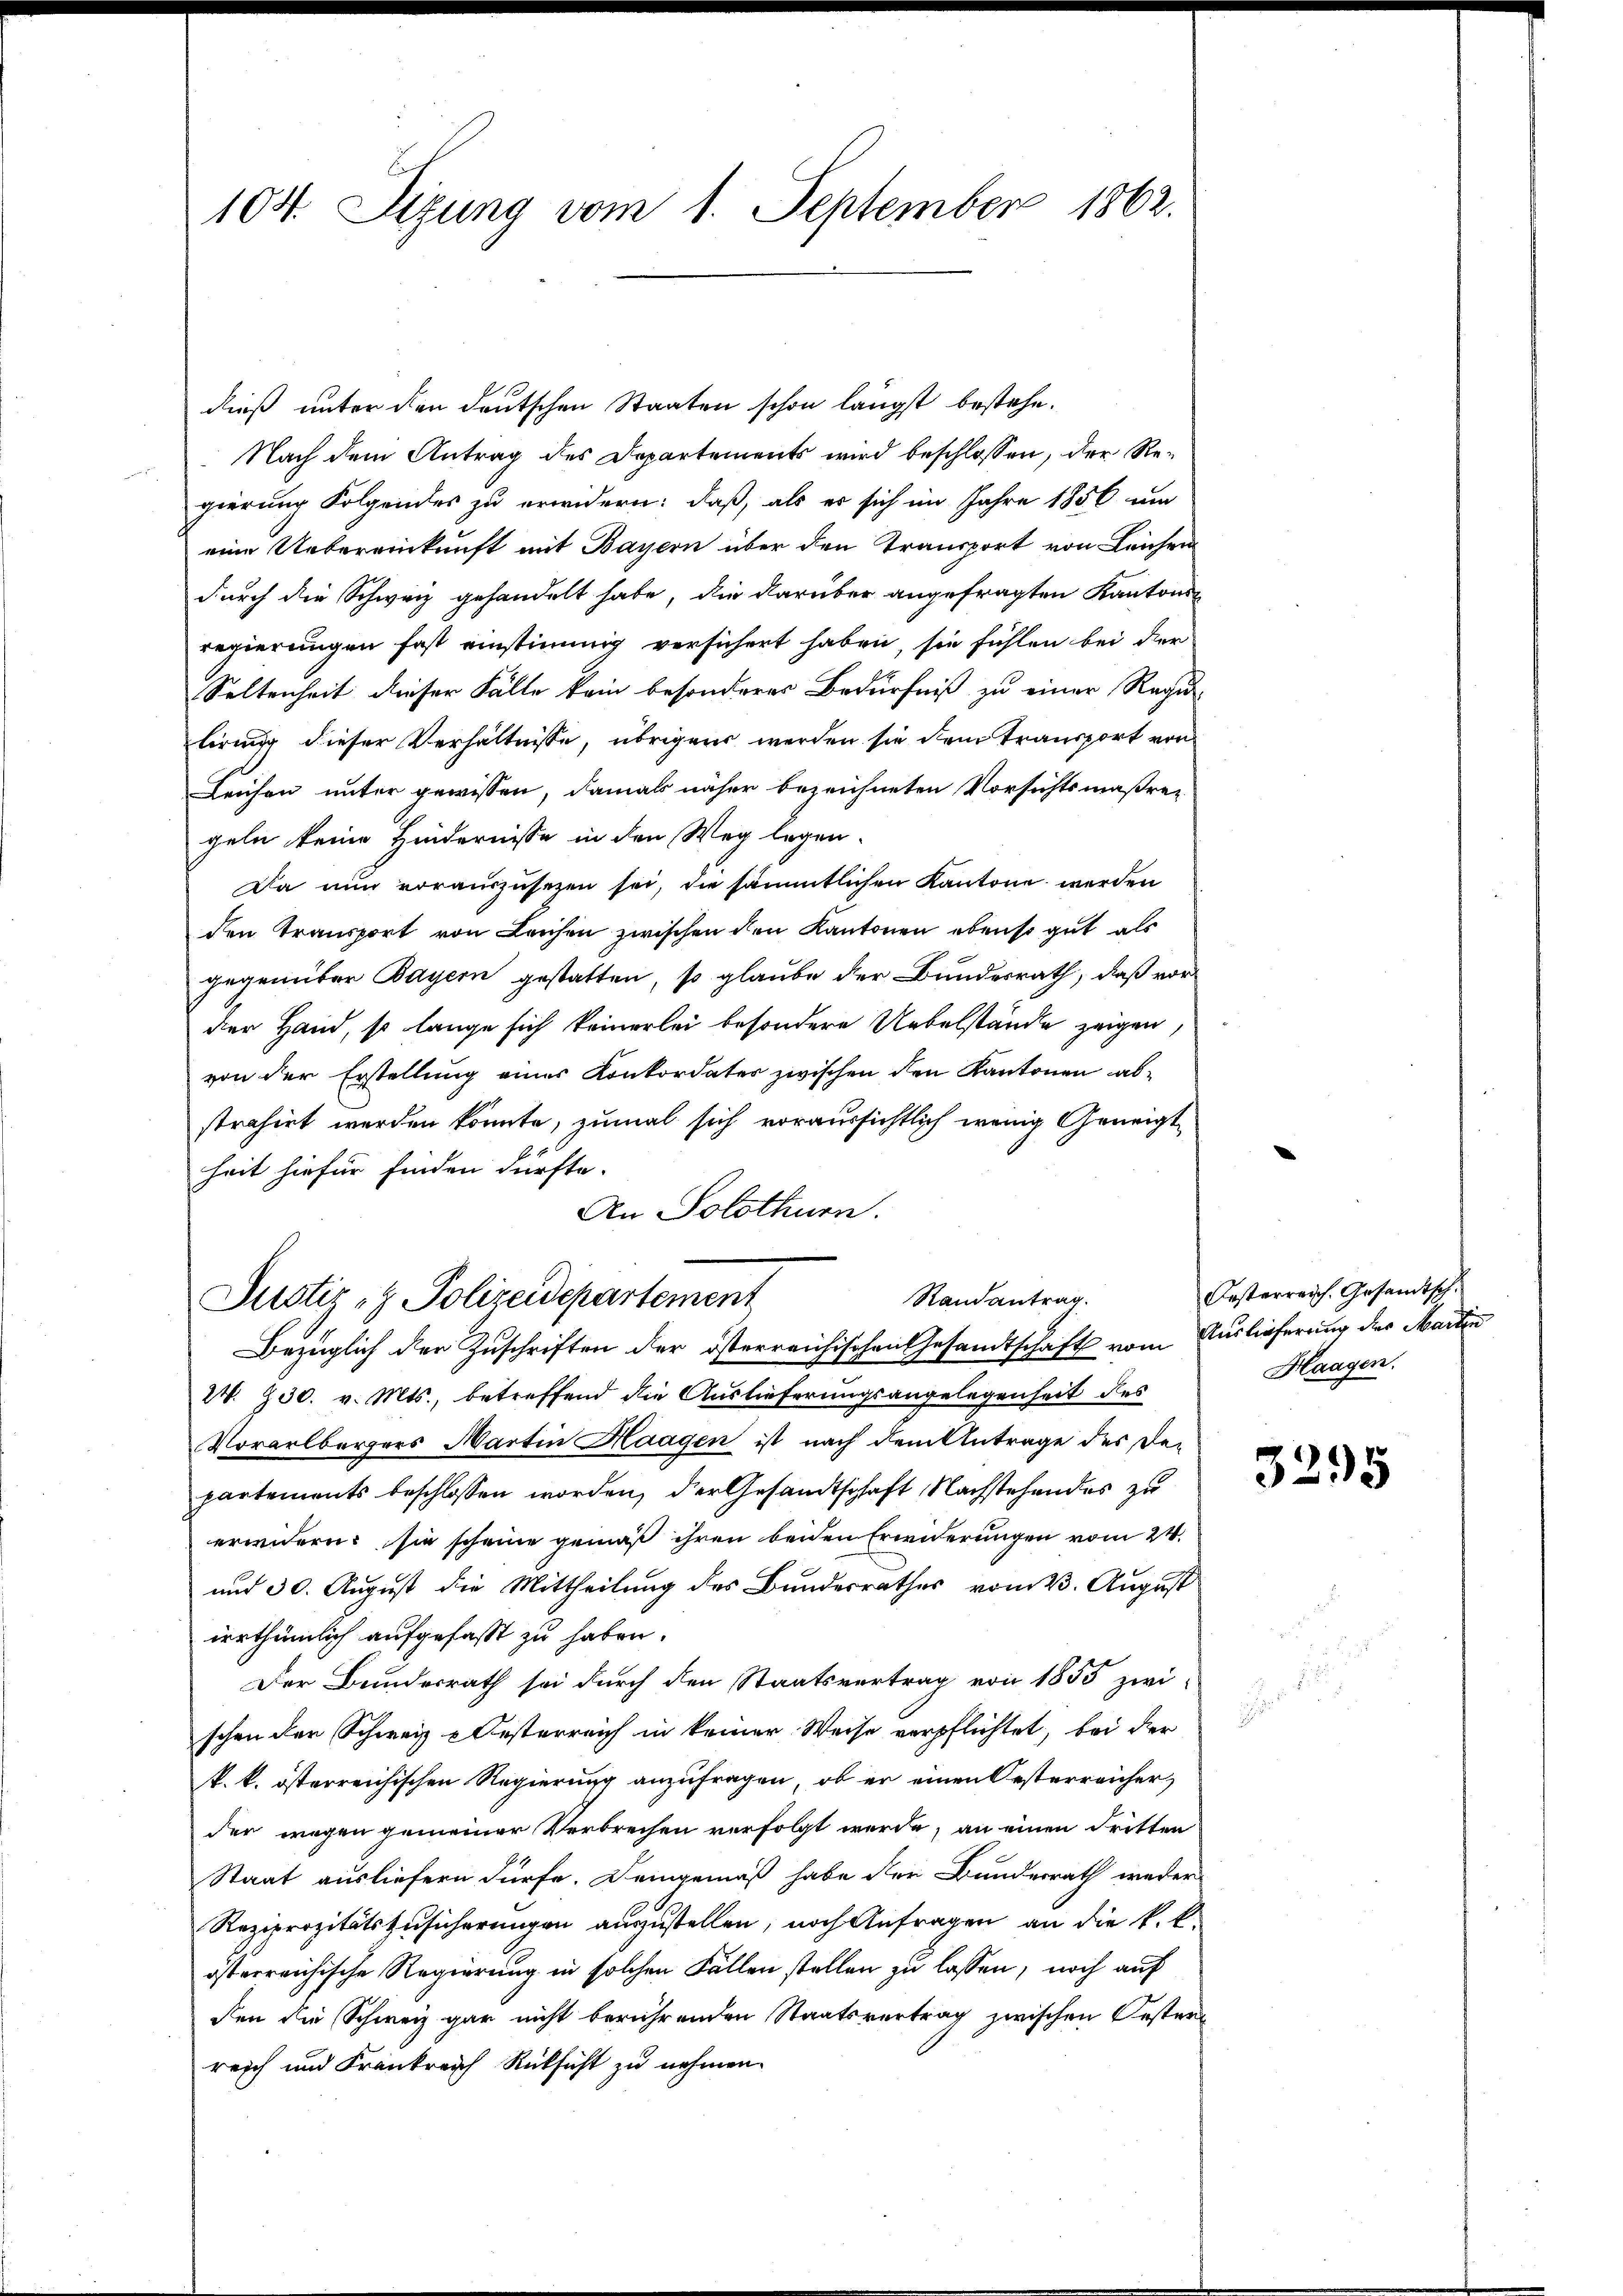
104. Sizung vom 1. September 1862.

dieß unter den deutschen Staaten schon längst bestehe.
Nach dem Antrag des Departements wird beschlossen, der Regierung Folgendes zu erwidern: daß, als er sich im Jahre 1856 um
eine Uebereinkunft mit Bayern über den Transport von Leichen
durch die Schweiz gehandelt habe, die darüber angefragten Kantonsregierungen fast einstimmig versichert haben, sie fühlen bei der
Seltenheit dieser Fälle kein besonderes Bedürfniß zu einer Regu
lirung dieser Verhältnisse, übrigens werden sie dem Transport von
Leichen unter gewissen, damals näher bezeichneten Vorsichtsmaßregeln keine Hindernisse in den Weg legen-
Da nun vorauszusetzen sei, die sämmtlichen Kantone werden
den Transport von Leichen zwischen den Kantonen ebenso gut als
gegenüber Bayern gestatten, so glaube der Bundesrath, daß vorder Hand, so lange sich keinerlei besondere Uebelstände zeigen,
von der Erstellung eines Konkordates zwischen den Kantonen abstrahirt werden könnte, zumal sich voraussichtlich wenig Geneigtheit hiefür finden dürfte.
An Solothurn.

Randantrag.
Justiz- & Polizeidepartement
Bezüglich der Zuschriften der österreichischen Gesandtschaft vom Auslieferung der Martin

2V. 230. v. Mts., betreffend die Auslieferungsangelegenheit des
Vorarlbergers Martin Haagen ist nach dem Antrage des De-
partements beschlossen worden, der Gesandtschaft Nachstehendes zu
erwidern: sie scheine gemäß ihren beiden Erwiderungen vom 24.
und 30. August die Mittheilung des Bundesrathes vom 23. August
irrthümlich aufgefasst zu haben.
Der Bundesrath sei durch den Staatsvertrag von 1855 zwischon der Schweiz & Oesterreich in keiner Weise verpflichtet, bei der
k. k. österreichischen Regierung anzufragen, ob er einen Oesterreicher
der wegen gemeiner Verbrechen verfolgt werde, an einen dritten
Staat ausliefern dürfe. Deingemäß habe der Bunderrath weder
Reziprozitätszusicherungen auszustellen, noch Anfragen an die k. k.
österreichische Regierung in solchen Fällen stellen zu lassen, noch auf
den die Schweiz gar nicht berührenden Staatsvertrag zwischen Oester
reich und Frankreich Rücksicht zu nehmen.

Oesterreich. Gesandtsch
Haagen.

3295